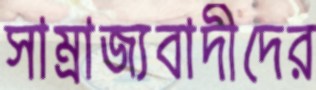
সাম্রাজ্যবাদীদের